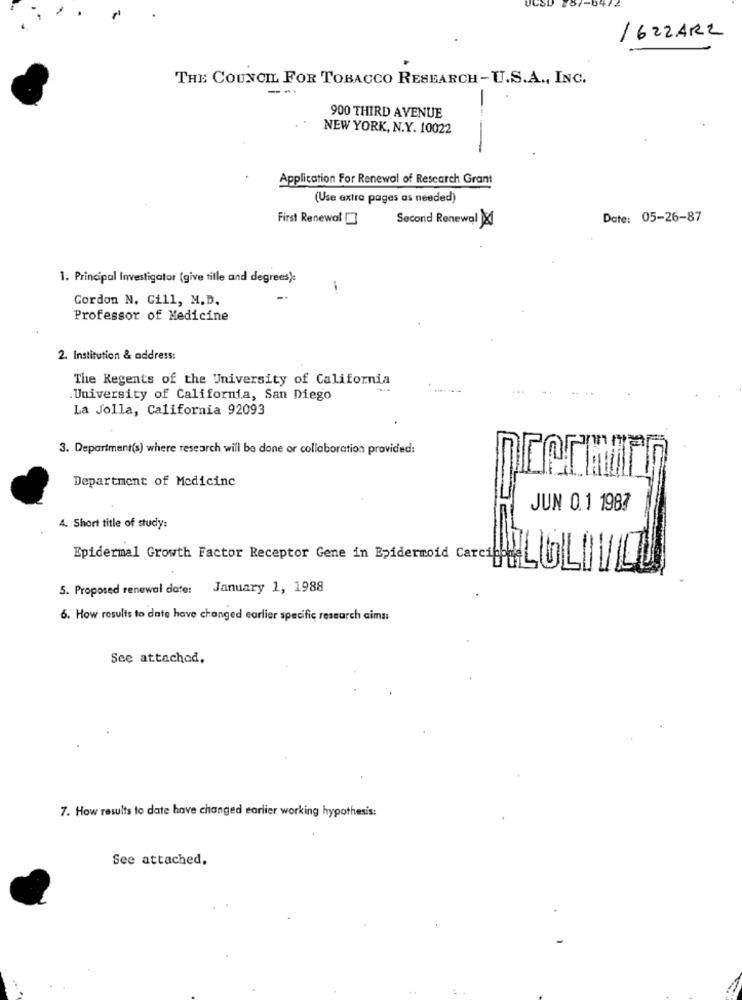
/622ARZ
THE COUNCIL FOR TOBACCO RESEARCH-U.S.A ., INC.
- --
-
900 THIRD AVENUE
NEW YORK, N.Y. 10022
Application For Renewal of Research Grant
(Use extra pages as needed)
First Renewal[]
Second Renewal X
Date: 05-26-87
1. Principal Investigator (give tille and degrees):
Gordon N. Gill, M. D.
Professor of Medicine
2. Institution & address:
The Regents of the University of California
University of California, San Diego
La Jolla, California 92093
3. Department(s) where research will be done or collaboration provided:
rar
Department of Medicine
JUN 0.1 1987
4. Short title of study:
Epidermal Growth Factor Receptor Gene in Bidermoid Caret LUL//OU
5. Proposed renewal dote: January 1, 1988
6. How results to date have changed earlier specific research cima
See attached.
7. How results to date have changed earlier working hypothesis:
See attached.